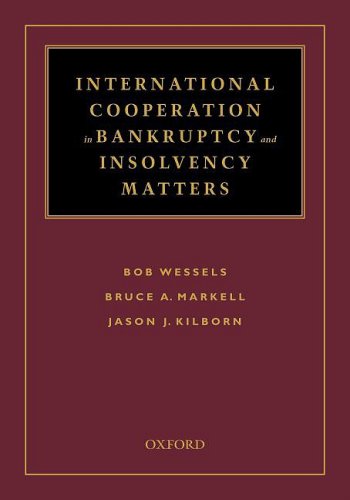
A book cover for International Cooperation in Bankruptcy and Insolvency Matters; Bob Wessels; Law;